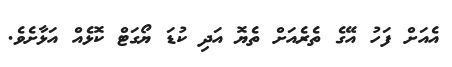
އެއަށް ފަހު އޭގެ ތެރެއަށް ތެޔޮ އަދި ކުޑަ ޔޯގަޓް ކޮޅެއް އަޅާށެވެ.